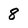
Character: 8